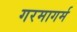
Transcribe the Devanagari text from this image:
गरमागर्म